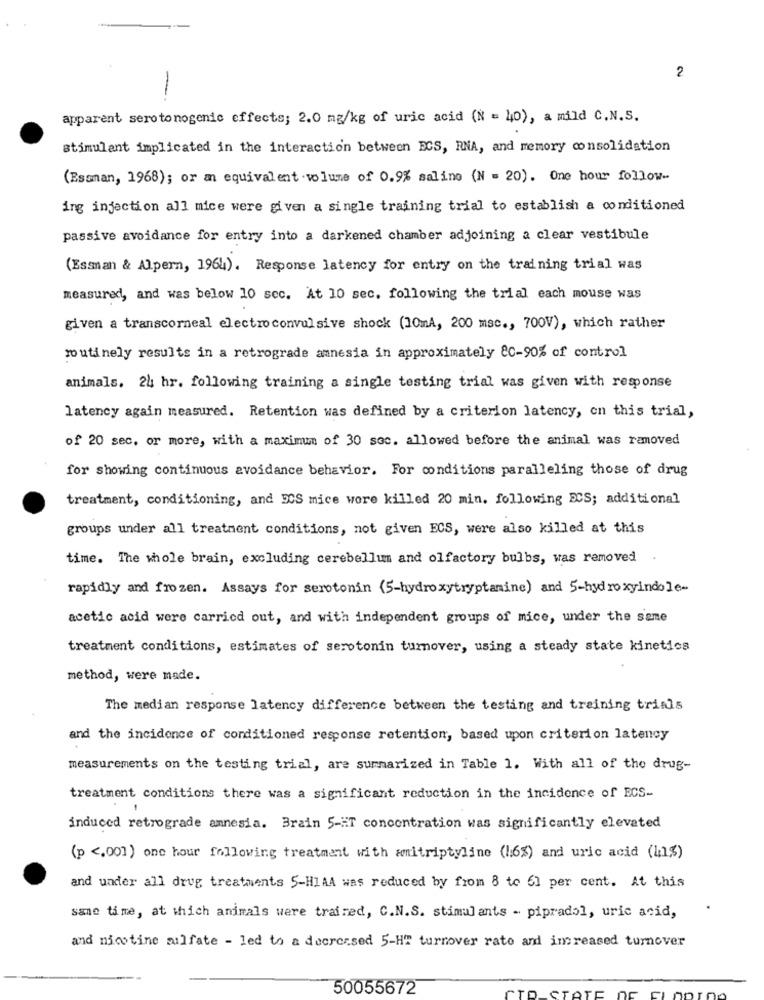
2
apparent serotonogenic effects; 2.0 mg/kg of uric acid (N = 40), a mild C.N.S.
stimulant implicated in the interaction between ECS, RNA, and memory consolidation
(Essman, 1968); or an equivalent volume of 0.9% saline (N = 20). One hour follow-
ing injection all mice were given a single training trial to establish a conditioned
passive avoidance for entry into a darkened chamber adjoining a clear vestibule
(Essman & Alpern, 1964). Response latency for entry on the training trial was
measured, and was below 10 sec. At 10 sec. following the trial each mouse was
given a transcorneal electroconvulsive shock (10mA, 200 msc ., 700V), which rather
routinely results in a retrograde amnesia in approximately 80-90% of control
animals. 24 hr. following training a single testing trial was given with response
latency again measured. Retention was defined by a criterion latency, on this trial,
of 20 sec. or more, with a maximum of 30 soc. allowed before the animal was removed
for showing continuous avoidance behavior. For conditions paralleling those of drug
treatment, conditioning, and ECS mice wore killed 20 min. following ECS; additional
groups under all treatment conditions, not given ECS, were also killed at this
time. The whole brain, excluding cerebellum and olfactory bulbs, was removed
rapidly and frozen. Assays for serotonin (5-hydroxytryptamine) and 5-hydroxyindole-
acetic acid were carried out, and with independent groups of mice, under the same
treatment conditions, estimates of serotonin turnover, using a steady state kinetics
method, were made.
The median response latency difference between the testing and training trials
and the incidence of conditioned response retention, based upon criterion latency
measurements on the testing trial, are summarized in Table 1. With all of the drug-
treatment conditions there was a significant reduction in the incidence of ECS-
induced retrograde amnesia. Brain 5-HT concentration was significantly elevated
(p <001) one hour following treatment with amitriptyline (1:6%) and uric acid (413)
and under all drug treatments 5-HIAA was reduced by from 8 to 61 per cent. At this
same time, at which animals were trained, C.N.S. stimul ants - pipradol, uric acid,
and nicotine sulfate - led to a decreased 5-HT turnover rato and increased turnover
50055672
CTO.
STATE